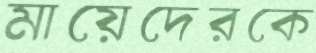
মায়েদেরকে